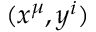
( x ^ { \mu } , y ^ { i } )